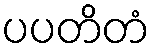
ပပတိတံ